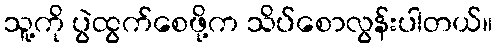
သူ့ကို ပွဲထွက်စေဖို့က သိပ်စောလွန်းပါတယ်။